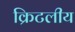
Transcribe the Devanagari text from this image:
क्रिटलीय